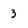
Character: 3